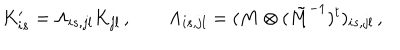
K _ { i s } ^ { \prime } = \Lambda _ { i s , j l } K _ { j l } \, , \qquad \Lambda _ { i s , j l } = ( M \otimes ( \tilde { M } ^ { - 1 } ) ^ { t } ) _ { i s , j l } \, ,